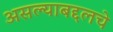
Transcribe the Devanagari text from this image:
असल्याबद्दलचे